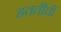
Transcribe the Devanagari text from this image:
हततींची